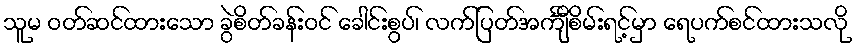
သူမ ဝတ်ဆင်ထားသော ခွဲစိတ်ခန်းဝင် ခေါင်းစွပ်၊ လက်ပြတ်အင်္ကျီစိမ်းရင့်မှာ ရေပက်စင်ထားသလို